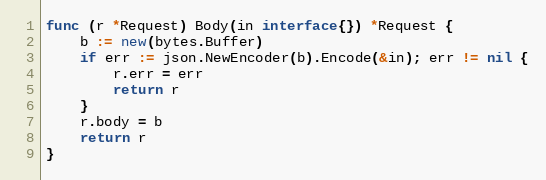
Language: Go
func (r *Request) Body(in interface{}) *Request {
	b := new(bytes.Buffer)
	if err := json.NewEncoder(b).Encode(&in); err != nil {
		r.err = err
		return r
	}
	r.body = b
	return r
}